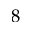
8